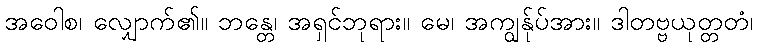
အဝေါစ၊ လျှောက်၏။ ဘန္တေ၊ အရှင်ဘုရား။ မေ၊ အကျွန်ုပ်အား။ ဒါတဗ္ဗယုတ္တတံ၊